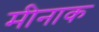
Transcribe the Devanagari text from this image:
मीनाक